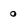
Character: o